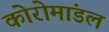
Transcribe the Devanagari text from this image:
कोरोमांडल